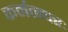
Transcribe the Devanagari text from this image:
कर्मतत्परः